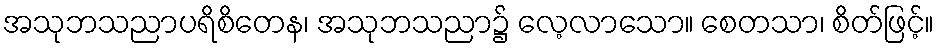
အသုဘသညာပရိစိတေန၊ အသုဘသညာ၌ လေ့လာသော။ စေတသာ၊ စိတ်ဖြင့်။